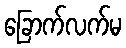
ခြောက်လက်မ